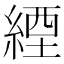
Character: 緸